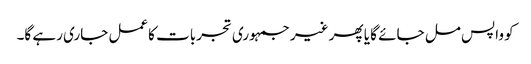
کو واپس مل جائے گا یا پھر غیر جمہوری تجربات کاعمل جاری رہے گا۔